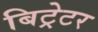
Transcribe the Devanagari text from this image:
बिट्रेटर